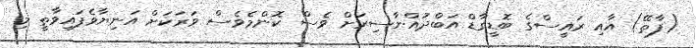
(ފާތޭ) އާއި ރައީސްގެ ބޮޑީގާޑް އަބްދުއްނާސިރަށް ވެސް ކޮންމެވެސް ވަރަކަށް އަނިޔާވެފައިވާތީ މި